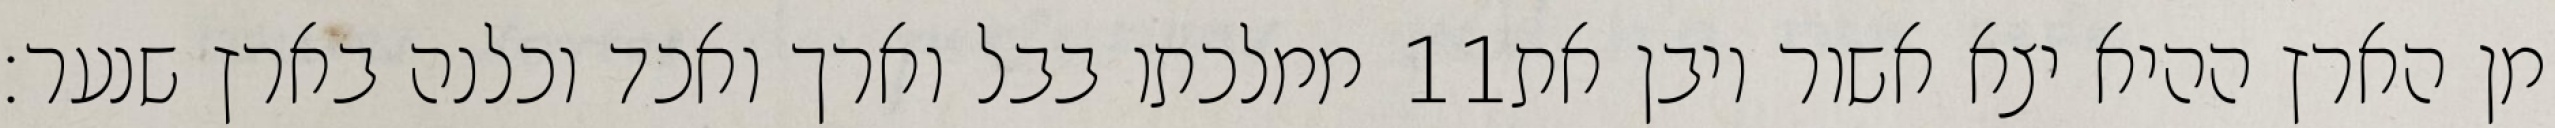
ממלכתו בבל וארך ואכד וכלנה בארץ שנער׃ ‎11‏ מן הארץ ההיא יצא אשור ויבן את